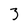
Character: 3